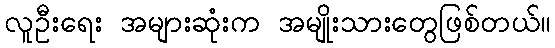
လူဦးရေး အများဆုံးက အမျိုးသားတွေဖြစ်တယ်။